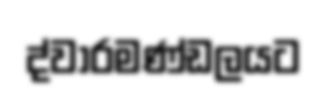
ද්වාරමණ්ඩලයට